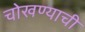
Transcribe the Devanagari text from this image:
चोखण्याची